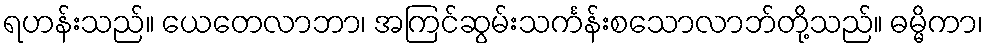
ရဟန်းသည်။ ယေတေလာဘာ၊ အကြင်ဆွမ်းသင်္ကန်းစသောလာဘ်တို့သည်။ ဓမ္မိကာ၊